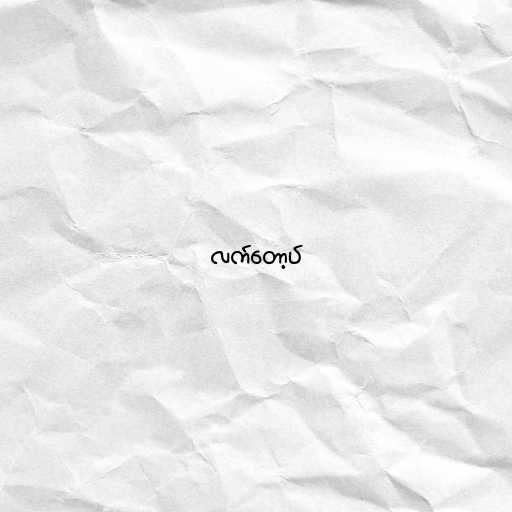
လက်တော့ပ်